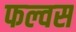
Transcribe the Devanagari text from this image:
फल्वस